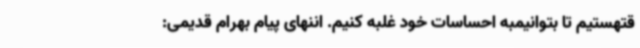
قتهستیم تا بتوانیمبه احساسات خود غلبه کنیم. اننهای پیام بهرام قدیمی: